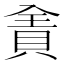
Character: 𰷄